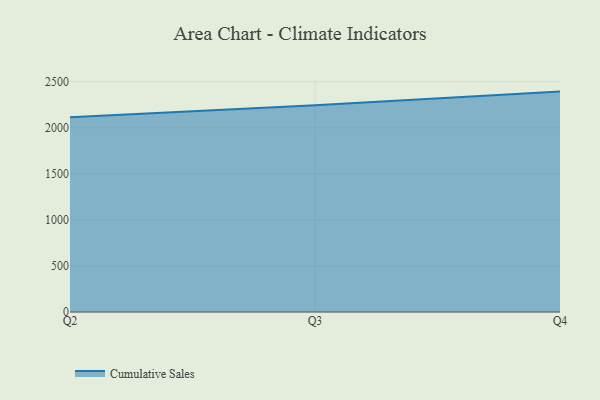
{"axis": {"x": "Quarter", "y": "Customer Acquisition Cost (USD)"}, "legend": ["Cumulative Sales"], "data": [{"x": "Q2", "y": 2114.2, "type": "Cumulative Sales"}, {"x": "Q3", "y": 2244.3, "type": "Cumulative Sales"}, {"x": "Q4", "y": 2392.5, "type": "Cumulative Sales"}]}